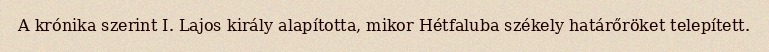
A krónika szerint I. Lajos király alapította, mikor Hétfaluba székely határőröket telepített.